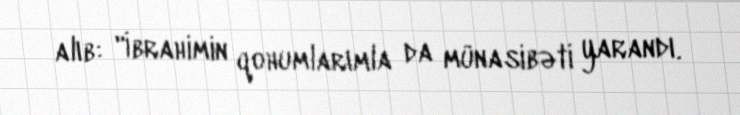
alıb: "İbrahimin qohumlarımla da münasibəti yarandı.